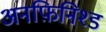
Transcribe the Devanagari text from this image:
अनफ़िनिश्ड